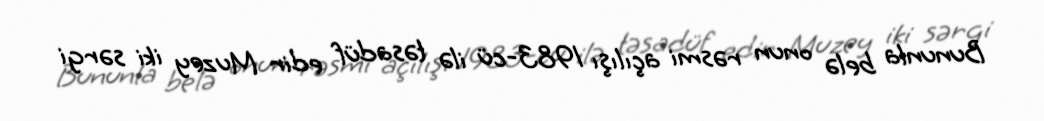
Bununla belə onun rəsmi açılışı 1983-cü ilə təsadüf edir Muzey iki sərgi